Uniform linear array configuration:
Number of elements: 4
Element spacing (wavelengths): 0.75
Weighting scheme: cosine
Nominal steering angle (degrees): -45
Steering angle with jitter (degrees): -46.496
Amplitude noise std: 0.05
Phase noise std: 0.05

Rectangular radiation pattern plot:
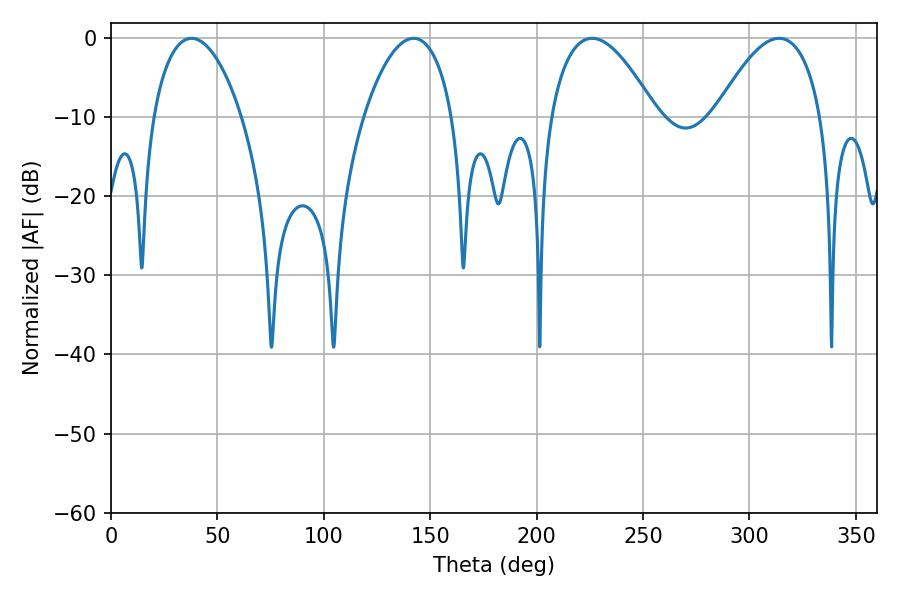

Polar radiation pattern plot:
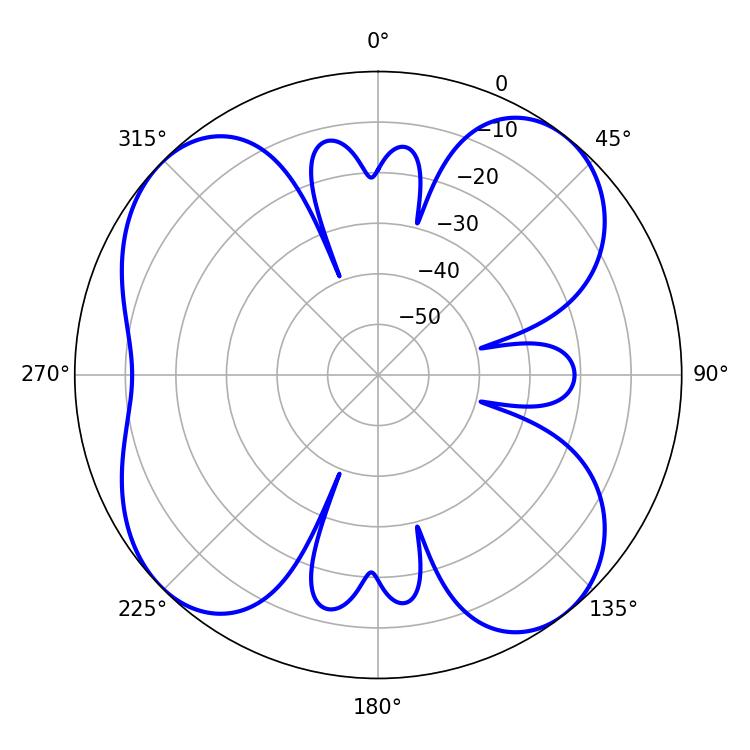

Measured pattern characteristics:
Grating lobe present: TRUE
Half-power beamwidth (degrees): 27.36
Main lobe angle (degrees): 226.08